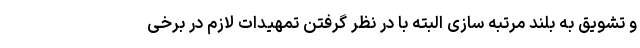
و تشویق به بلند مرتبه سازی البته با در نظر گرفتن تمهیدات لازم در برخی